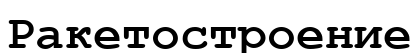
Ракетостроение